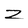
Character: Z